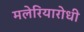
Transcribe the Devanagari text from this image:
मलेरियारोधी